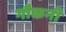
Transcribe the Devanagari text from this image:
गौकनी